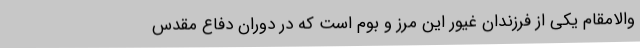
والامقام یکی از فرزندان غیور این مرز و بوم است که در دوران دفاع مقدس